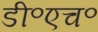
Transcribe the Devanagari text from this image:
डी॰एच॰